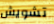
تشويش